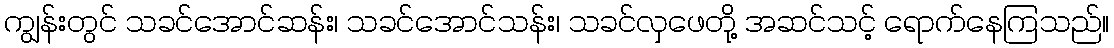
ကျွန်းတွင် သခင်အောင်ဆန်း၊ သခင်အောင်သန်း၊ သခင်လှဖေတို့ အဆင်သင့် ရောက်နေကြသည်။